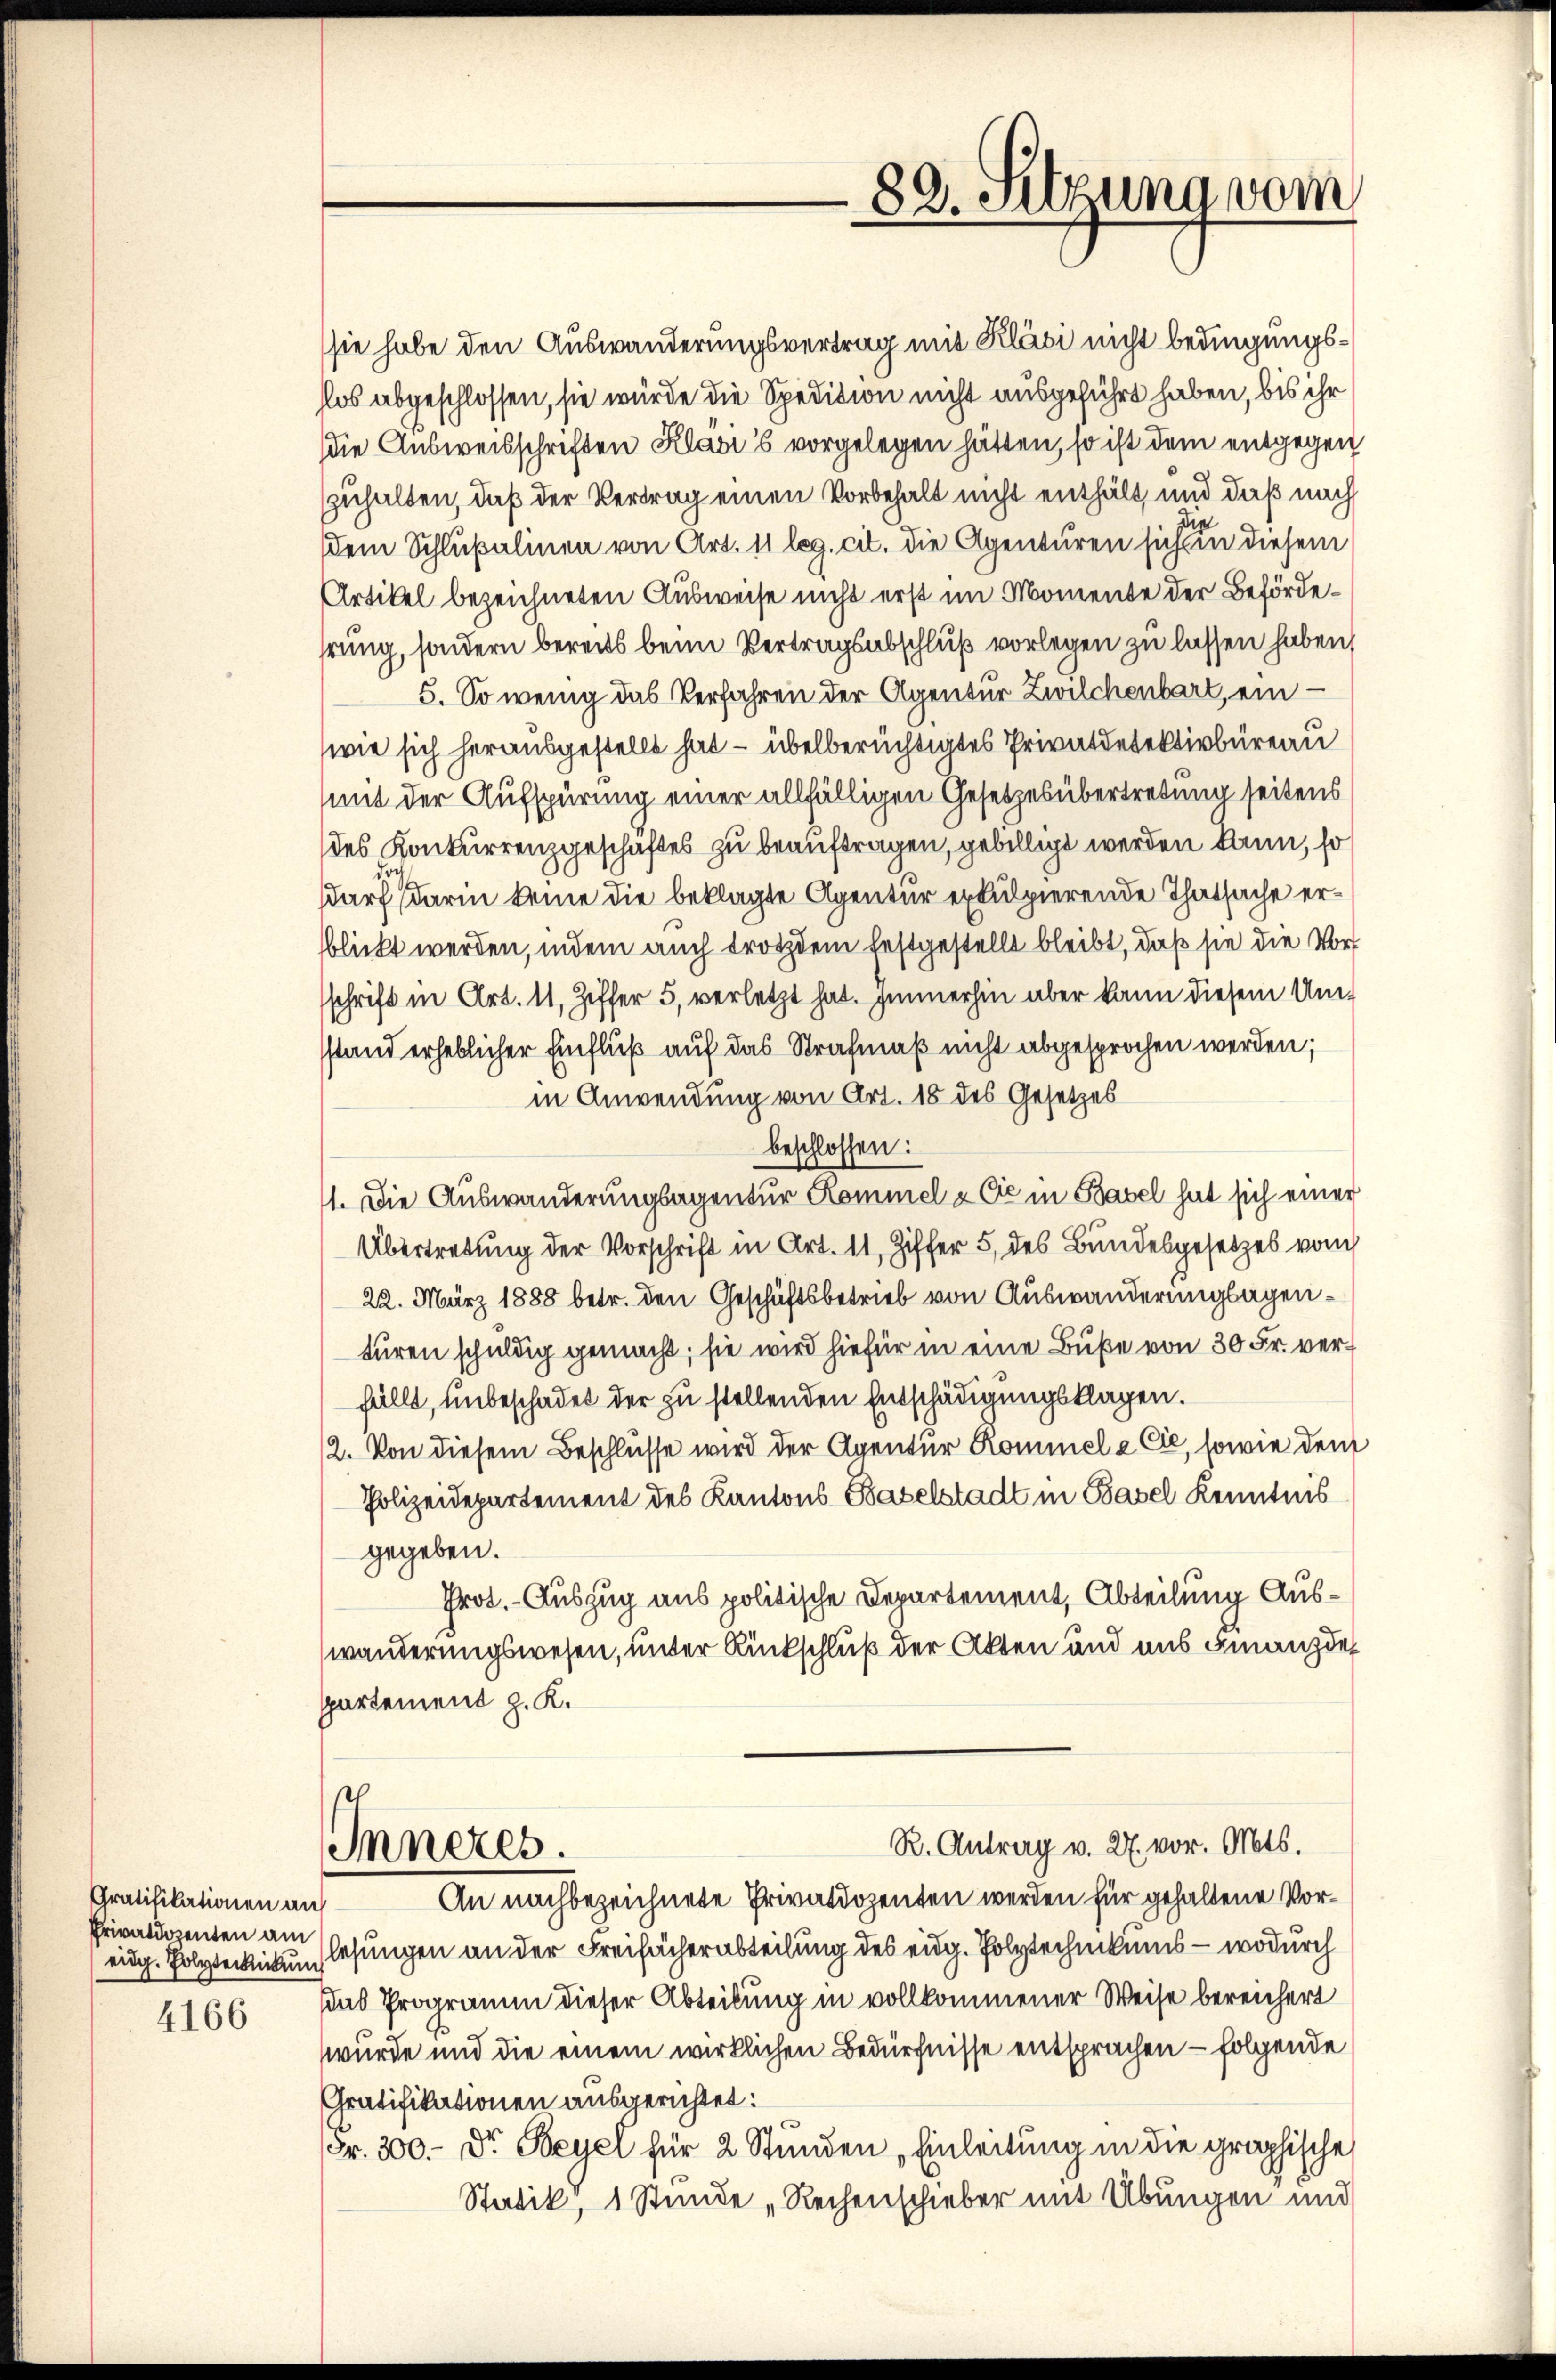
Gratifikationen an
Privatdozenten am

4166

sie habe den Auswanderungsvertrag mit Kläsi nicht bedingungsllos abgeschlossen, sie würde die Spedition nicht ausgeführt haben, bis ihr
die Ausweisschriften Klavi's vorgelegen hätten, so ist dem entgegen
zuhalten, daß der Vertrag einen Vorbehalt nicht enthält, und daß nach
dem Schlußalinen von Art. 11 leg. cit. die Agenturen sich in diesem
Artikel bezeichneten Ausweise nicht erst im Momente der Behördehrung, sondern bereits beim Vertragsabschluß vorlegen zu lassen haben,
5. So wenig das Verfahren der Agentur Zwilchenbart, ein
wie sich herausgestellt hat – übelberüchtigtes Privatdesektivbüreau
mit der Aufspürung einer allfälligen Gesetzesübertretung seitens
des Konkurrenzgeschäftes zu beauftragen, gebilligt werden kann, so
darf darin keine die beklagte Agentur exkulpierende Thatsache erblickt werden, indem auch trotzdem festgestellt bleibt, daß sie die Vorsschrift in Art. 11, Ziffer 5, verletzt hat. Immerhin aber kann diesem Umsstand erheblicher Einfluß auf das Strafmaß nicht abgesprochen werden;
in Anwendung von Art. 18 des Gesetzes
beschlossen:
11. Die Auswanderungsagentur Kommel & Cie in Basel hat sich einer
Übertretung der Vorschrift in Art. 11, Ziffer 5 des Bundesgesetzes vom
22. März 1888 betr. den Geschäftsbetrieb von Auswanderungsagentüren schuldig gemacht; sie wird hiefür in eine Buße von 30 Fr. verfällt, unbeschadet der zu stellenden Entschädigungsklagen.
2. Von diesem Beschlüsse wird der Agentur Kommel & Cie, sowie dem
Polizeidepartement des Kantons Baselstadt in Basel Kenntnis
gegeben.
Prot. - Auszug aus politische Departement, Abteilung Auswanderungswesen, unter Rückschluß der Akten und aus Finanzde
ppartement z. K.
R. Antrag v. 27. vor. Mts.
Inneres.
An nachbezeichnete Privatdozenten werden für gehaltene Voreidg. Polytechickung lesungen an der Freihächerabteilung des eidg. Polytechnikums – wodurch
das Programm dieser Abteilung in vollkommener Weise bereichert
wurde und die einem wirklichen Bedürfnisse entsprachen – folgende
Gratifikationen ausgerichtet:
Fr. 300.- Dr. Beyel für 2 Stunden Einleitung in die graphische
Statik, 1 Stunde „Rechenschieber mit Übungen und

-83. Sitzung vom